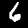
Digit: 6